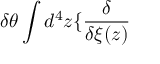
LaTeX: \delta \theta \int d ^ { 4 } z \{ \frac { \delta } { \delta \xi ( z ) }